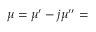
\mu = \mu ^ { \prime } - j \mu ^ { \prime \prime } =